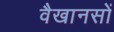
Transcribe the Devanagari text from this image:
वैखानसों